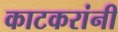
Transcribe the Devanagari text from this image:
काटकरांनी